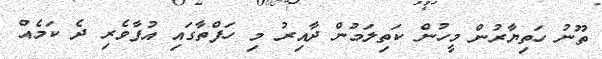
ތޫނު ހަތިޔާރުން މީހުން ކަތިލަމުން ދާއިރު މި ހަފްތާގައި އުފާވެރި ދެ ކަމެއް